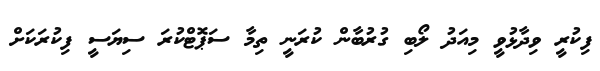
ފިކުރީ ވިދާޅުވީ މިއަދު ލޯބި ގުރުބާން ކުރަނީ ތިމާ ސަޕޮޓްކުރަ ސިޔަސީ ފިކުރަކަށް